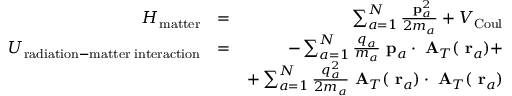
\begin{array} { r l r } { H _ { \mathrm { m a t t e r } } } & { = } & { \sum _ { a = 1 } ^ { N } \frac { \mathrm { \bf ~ p } _ { a } ^ { 2 } } { 2 m _ { a } } + V _ { \mathrm { C o u l } } } \\ { U _ { \mathrm { r a d i a t i o n - m a t t e r \; i n t e r a c t i o n } } } & { = } & { - \sum _ { a = 1 } ^ { N } \frac { q _ { a } } { m _ { a } } \mathrm { \bf ~ p } _ { a } \cdot \mathrm { \bf ~ A } _ { T } ( \mathrm { \bf ~ r } _ { a } ) + } \\ & { } & { + \sum _ { a = 1 } ^ { N } \frac { q _ { a } ^ { 2 } } { 2 m _ { a } } \mathrm { \bf ~ A } _ { T } ( \mathrm { \bf ~ r } _ { a } ) \cdot \mathrm { \bf ~ A } _ { T } ( \mathrm { \bf ~ r } _ { a } ) } \end{array}